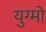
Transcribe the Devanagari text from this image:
युग्मो